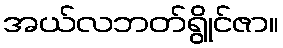
အယ်လဘတ်ရွိုင်ဇာ။